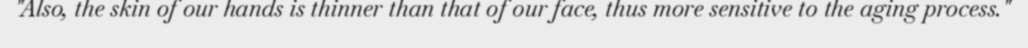
"Also, the skin of our hands is thinner than that of our face, thus more sensitive to the aging process."